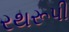
રથરૂપી